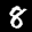
Label: 8